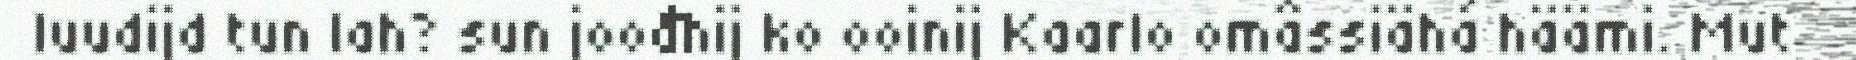
luudijd tun lah? sun joođhij ko ooinij Kaarlo omâssiähá häämi. Mut